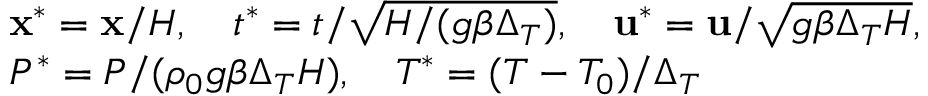
\begin{array} { r l } & { \mathbf { x } ^ { * } = \mathbf { x } / H , \ \ \ t ^ { * } = t / \sqrt { H / ( g \beta \Delta _ { T } ) } , \ \ \ \mathbf { u } ^ { * } = \mathbf { u } / \sqrt { g \beta \Delta _ { T } H } , } \\ & { P ^ { * } = P / ( \rho _ { 0 } g \beta \Delta _ { T } H ) , \ \ \ T ^ { * } = ( T - T _ { 0 } ) / \Delta _ { T } } \end{array}